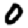
Digit: 0